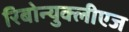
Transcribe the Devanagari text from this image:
रिबोन्युक्लीएज